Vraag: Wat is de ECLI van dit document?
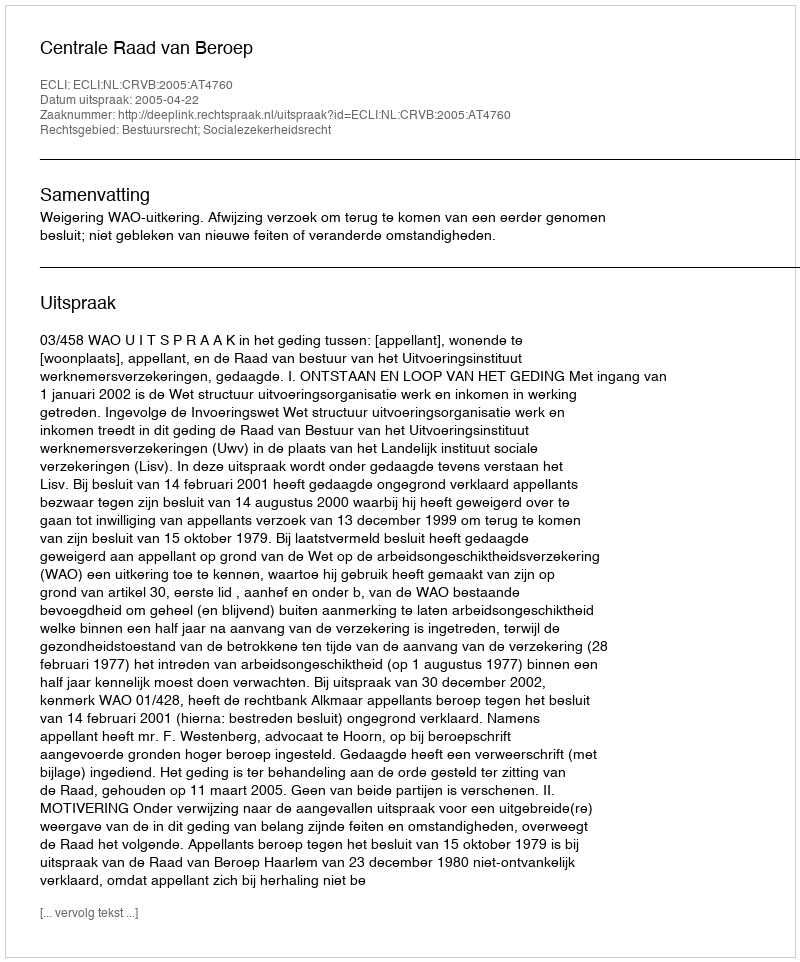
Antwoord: ECLI:NL:CRVB:2005:AT4760